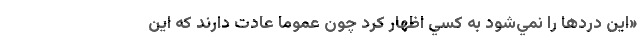
«اين دردها را نمي‌شود به كسي اظهار كرد چون عموما عادت دارند كه اين